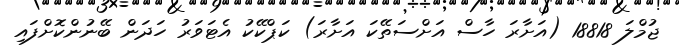
ޖުމްލަ 18818 (އަށާރަ ހާސް އަށްސަތޭކަ އަށާރަ) ކަޕްކޭކު އެޓަވަރު ހަދަން ބޭނުންކޮށްފައި